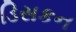
ડિસકન